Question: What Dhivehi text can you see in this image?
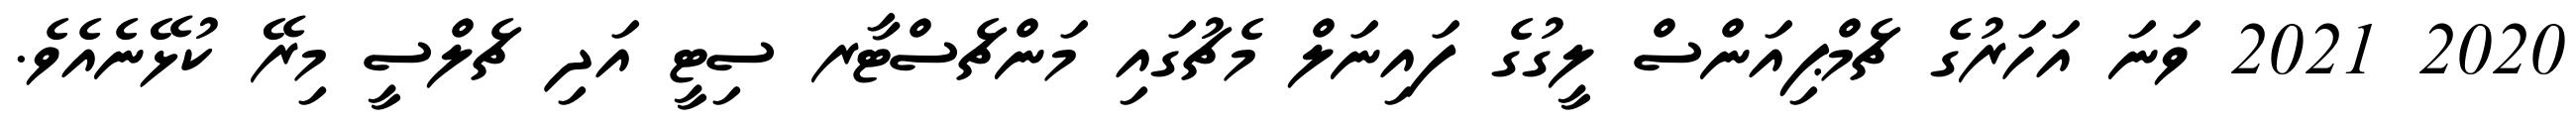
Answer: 2020 2021 ވަނަ އަހަރުގެ ޗެމްޕިއަންސް ލީގުގެ ފައިނަލް މެޗުގައި މަންޗެސްޓާރ ސިޓީ އަދި ޗެލްސީ މިރޭ ކުޅޭނެއެވެ.